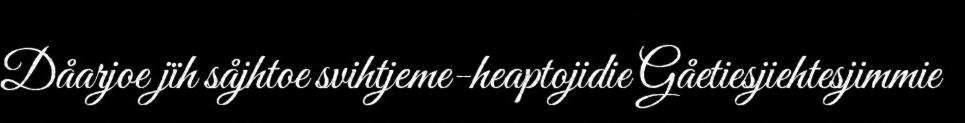
Dåarjoe jïh såjhtoe svihtjeme-heaptojidie Gåetiesjiehtesjimmie